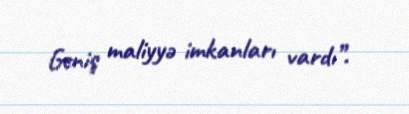
Geniş maliyyə imkanları vardı”.